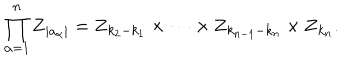
\prod _ { \alpha = 1 } ^ { n } { \mathbf Z } _ { | a _ { \alpha } | } = { \mathbf Z } _ { k _ { 2 } - k _ { 1 } } \times \cdots \times { \mathbf Z } _ { k _ { n - 1 } - k _ { n } } \times { \mathbf Z } _ { k _ { n } } .